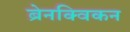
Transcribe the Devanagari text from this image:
ब्रेनक्विकन